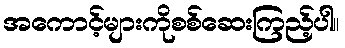
အကောင့်များကိုစစ်ဆေးကြည့်ပါ။